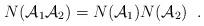
LaTeX: \begin{align*}N({\cal A}_{1} {\cal A}_{2})= N({\cal A}_{1})N({\cal A}_{2}) \; \; .\end{align*}